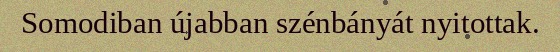
Somodiban újabban szénbányát nyitottak.